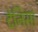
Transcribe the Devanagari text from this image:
टेनिसा